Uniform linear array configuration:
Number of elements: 4
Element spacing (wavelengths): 1
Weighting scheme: exponential
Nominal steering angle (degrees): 60
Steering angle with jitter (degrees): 61.057
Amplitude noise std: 0.05
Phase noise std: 0.05

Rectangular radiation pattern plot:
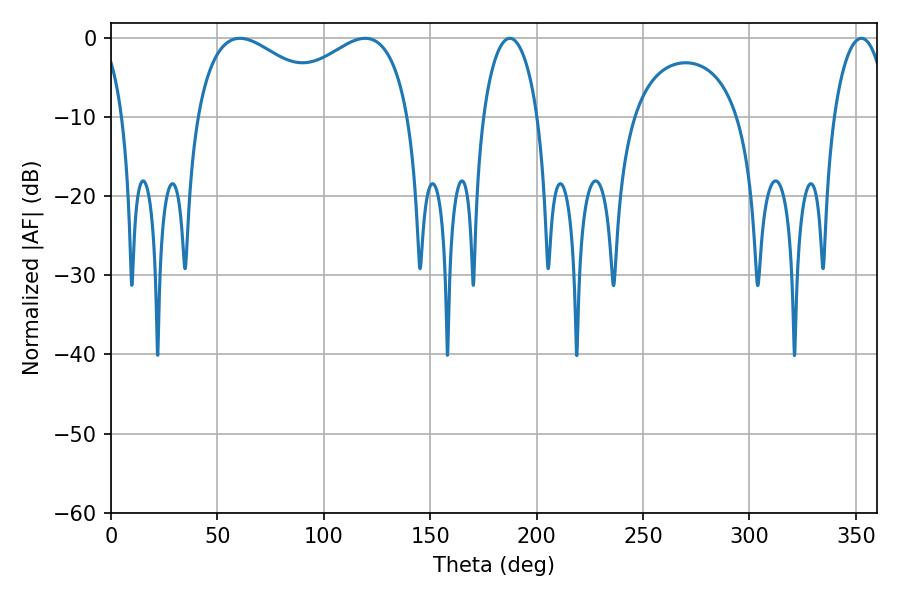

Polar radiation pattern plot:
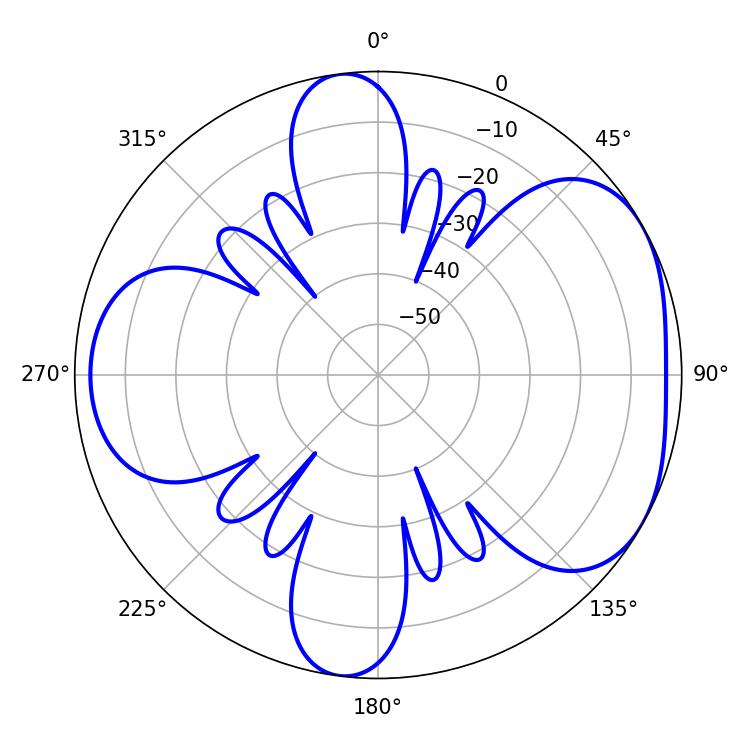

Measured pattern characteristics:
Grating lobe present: TRUE
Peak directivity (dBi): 4.686
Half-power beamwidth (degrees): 14.58
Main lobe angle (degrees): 187.38